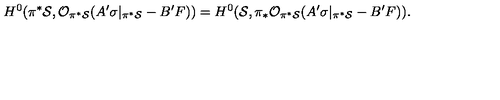
H ^ { 0 } ( \pi ^ { * } { \cal S } , { \cal O } _ { \pi ^ { * } { \cal S } } ( A ^ { \prime } \sigma | _ { \pi ^ { * } { \cal S } } - B ^ { \prime } F ) ) = H ^ { 0 } ( { \cal S } , \pi _ { * } { \cal O } _ { \pi ^ { * } { \cal S } } ( A ^ { \prime } \sigma | _ { \pi ^ { * } { \cal S } } - B ^ { \prime } F ) ) .